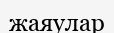
жаяулар